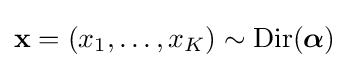
\mathbf {x} =(x_{1},\ldots ,x_{K})\sim \operatorname {Dir} ({\boldsymbol {\alpha }})